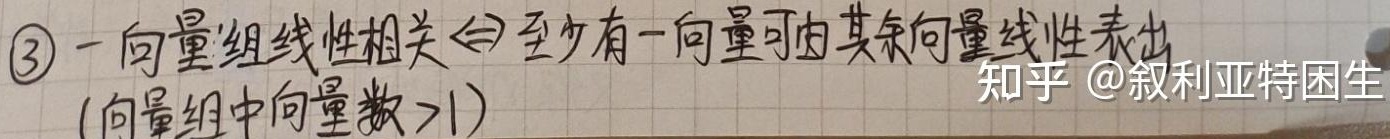
\textcircled{3} 一向量组线性相关 $\Leftrightarrow$ 至少有一向量可由其余向量线性表出（向量组中向量数$>1$） （知乎 @ 叙利亚特困生）